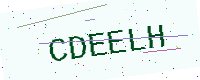
Text: CDEELH